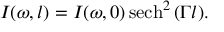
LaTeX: I ( \omega , l ) = I ( \omega , 0 ) \operatorname { s e c h } ^ { 2 } { ( \Gamma l ) } .